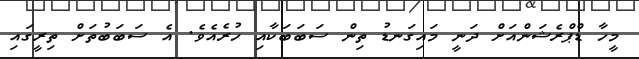
މީހާ ޑްޕްރެޝަންއަށް ދަނީ މައިގަނޑު ތިން ސަބަބަކާއި ހުރެއެވެ. އެ ސަބަބުތަށް ތިރީގައި